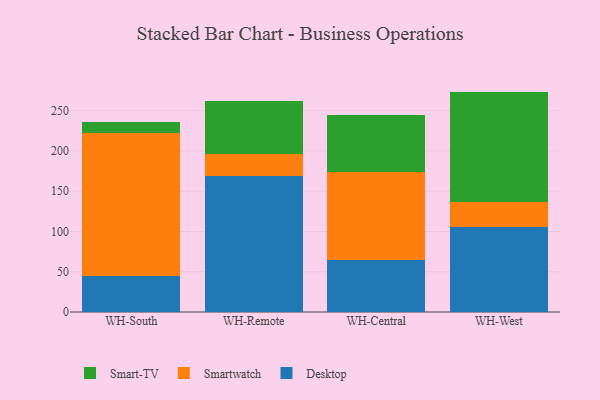
{"axis": {"x": "Warehouse", "y": "Production Output"}, "legend": ["Desktop", "Smart-TV", "Smartwatch"], "data": [{"x": "WH-South", "y": 44.7, "type": "Desktop"}, {"x": "WH-South", "y": 177.3, "type": "Smartwatch"}, {"x": "WH-South", "y": 14.2, "type": "Smart-TV"}, {"x": "WH-Remote", "y": 168.3, "type": "Desktop"}, {"x": "WH-Remote", "y": 27.9, "type": "Smartwatch"}, {"x": "WH-Remote", "y": 65.7, "type": "Smart-TV"}, {"x": "WH-Central", "y": 64.2, "type": "Desktop"}, {"x": "WH-Central", "y": 109.9, "type": "Smartwatch"}, {"x": "WH-Central", "y": 70.4, "type": "Smart-TV"}, {"x": "WH-West", "y": 105.3, "type": "Desktop"}, {"x": "WH-West", "y": 30.8, "type": "Smartwatch"}, {"x": "WH-West", "y": 137.6, "type": "Smart-TV"}]}